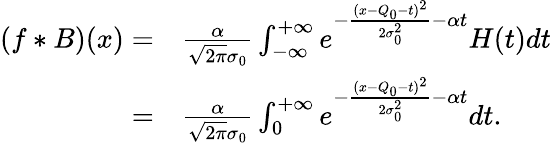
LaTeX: \begin{array}{rl}{(f*B)(x)=}&{\frac{\alpha}{\sqrt{2\pi}\sigma_{0}}\int_{-\infty}^{+\infty}e^{-\frac{(x-Q_{0}-t)^{2}}{2\sigma_{0}^{2}}-\alpha t}H(t)dt}\\ {=}&{\frac{\alpha}{\sqrt{2\pi}\sigma_{0}}\int_{0}^{+\infty}e^{-\frac{(x-Q_{0}-t)^{2}}{2\sigma_{0}^{2}}-\alpha t}dt.}\end{array}